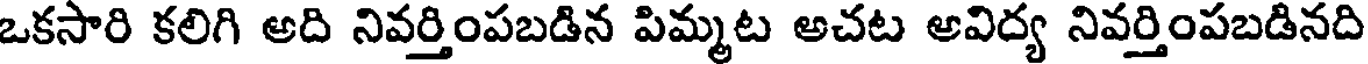
ఒకసారి కలిగి అది నివర్తింపబడిన పిమ్మట అచట అవిద్య నివర్తింపబడినది